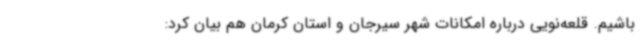
باشیم. قلعه‌نویی درباره امکانات شهر سیرجان و استان کرمان هم بیان کرد: